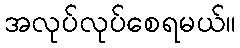
အလုပ်လုပ်စေရမယ်။